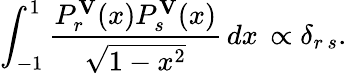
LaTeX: \int_{-1}^{1}{\frac{P_{r}^{\mathbf V}(x)P_{s}^{\mathbf V}(x)}{\sqrt{1-x^{2}}}}\, dx\, \propto\delta_{r\, s}.